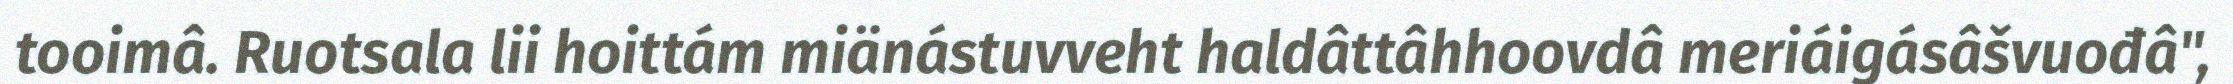
tooimâ. Ruotsala lii hoittám miänástuvveht haldâttâhhoovdâ meriáigásâšvuođâ",